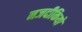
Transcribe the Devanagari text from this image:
नजदीकियों